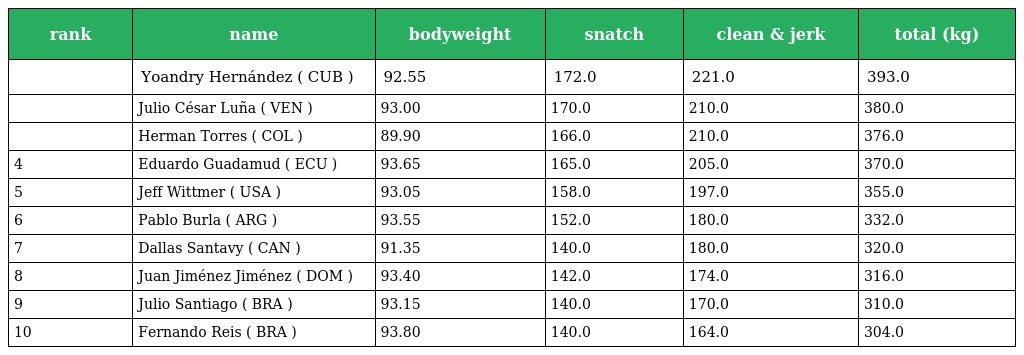
| rank | name | bodyweight | snatch | clean & jerk | total (kg) |
 | --- | --- | --- | --- | --- | --- |
 |  | Yoandry Hernández ( CUB ) | 92.55 | 172.0 | 221.0 | 393.0 |
 |  | Julio César Luña ( VEN ) | 93.00 | 170.0 | 210.0 | 380.0 |
 |  | Herman Torres ( COL ) | 89.90 | 166.0 | 210.0 | 376.0 |
 | 4 | Eduardo Guadamud ( ECU ) | 93.65 | 165.0 | 205.0 | 370.0 |
 | 5 | Jeff Wittmer ( USA ) | 93.05 | 158.0 | 197.0 | 355.0 |
 | 6 | Pablo Burla ( ARG ) | 93.55 | 152.0 | 180.0 | 332.0 |
 | 7 | Dallas Santavy ( CAN ) | 91.35 | 140.0 | 180.0 | 320.0 |
 | 8 | Juan Jiménez Jiménez ( DOM ) | 93.40 | 142.0 | 174.0 | 316.0 |
 | 9 | Julio Santiago ( BRA ) | 93.15 | 140.0 | 170.0 | 310.0 |
 | 10 | Fernando Reis ( BRA ) | 93.80 | 140.0 | 164.0 | 304.0 |